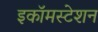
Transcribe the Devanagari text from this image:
इकॉमस्टेशन